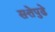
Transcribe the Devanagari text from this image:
सत्तेपुढे